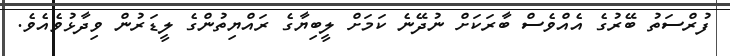
ފުރްސަތު ބޭރުގެ އެއްވެސް ބާރަކަށް ނުދޭނެ ކަމަށް ލީބިޔާގެ ރައްޔިތުންގެ ލީޑަރުން ވިދާޅުވެއެވެ.